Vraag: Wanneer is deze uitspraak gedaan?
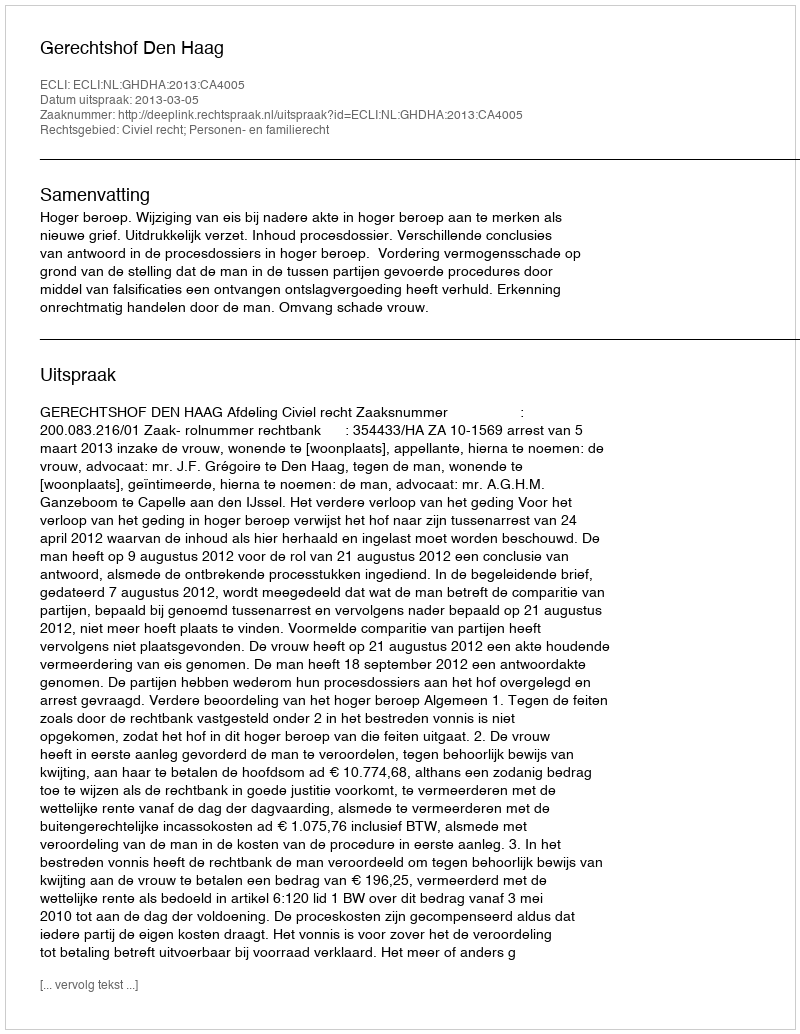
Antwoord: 2013-03-05